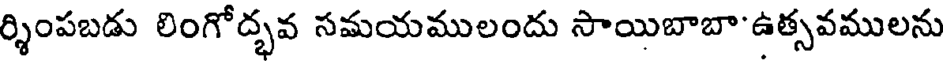
ర్శింపబడు లింగోద్భవ సమయములందు సాయిబాబా'ఉత్సవములను